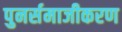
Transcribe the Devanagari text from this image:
पुनर्समाजीकरण